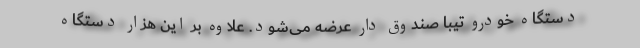
دستگاه خودرو تیبا صندوق دار عرضه می‌شود. علاوه بر این هزار دستگاه